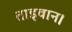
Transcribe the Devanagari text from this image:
ताइवान।